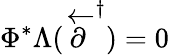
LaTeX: \Phi^{*}\Lambda(\stackrel{\leftarrow}{\partial}^{\dagger})=0